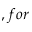
, f o r